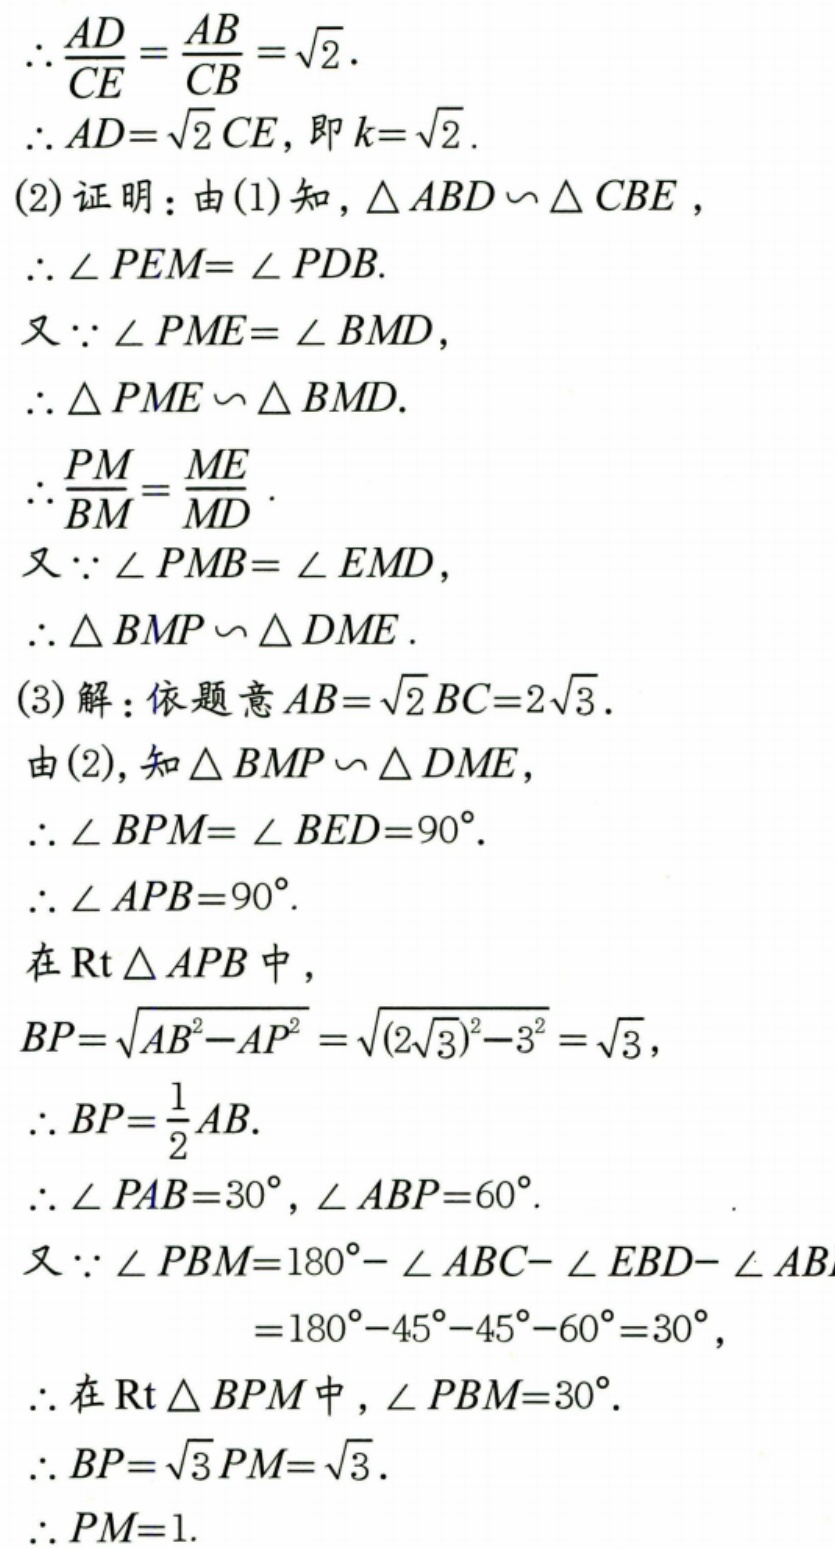
\(\therefore\frac{AD}{CE}=\frac{AB}{CB}=\sqrt{2}\).
\(\therefore AD = \sqrt{2}CE\), 即\(k = \sqrt{2}\).
(2) 证明：由(1)知，\(\triangle ABD\sim\triangle CBE\),
\(\therefore\angle PEM=\angle PDB\).
又\(\because\angle PME=\angle BMD\),
\(\therefore\triangle PME\sim\triangle BMD\).
\(\therefore\frac{PM}{BM}=\frac{ME}{MD}\).
又\(\because\angle PMB=\angle EMD\),
\(\therefore\triangle BMP\sim\triangle DME\).
(3) 解：依题意\(AB = \sqrt{2}BC = 2\sqrt{3}\).
由(2), 知\(\triangle BMP\sim\triangle DME\),
\(\therefore\angle BPM=\angle BED = 90^{\circ}\).
\(\therefore\angle APB = 90^{\circ}\).
在\(\text{Rt}\triangle APB\)中，
\(BP=\sqrt{AB^{2}-AP^{2}}=\sqrt{(2\sqrt{3})^{2}-3^{2}}=\sqrt{3}\),
\(\therefore BP=\frac{1}{2}AB\).
\(\therefore\angle PAB = 30^{\circ},\angle ABP = 60^{\circ}\).
又\(\because\angle PBM=180^{\circ}-\angle ABC-\angle EBD-\angle ABP\)
\(=180^{\circ}-45^{\circ}-45^{\circ}-60^{\circ}=30^{\circ}\),
\(\therefore\)在\(\text{Rt}\triangle BPM\)中，\(\angle PBM = 30^{\circ}\).
\(\therefore BP=\sqrt{3}PM=\sqrt{3}\).
\(\therefore PM = 1\).